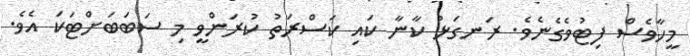
މީހާވެސް ފިޓުވެގެނެވެ. ރަނގަޅު ކާނާ ކައި ކަސްރަތު ކުރަންވީ މި ސަބަބަށްޓަކަ އެވެ.